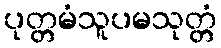
ပုတ္တမံသူပမသုတ္တံ